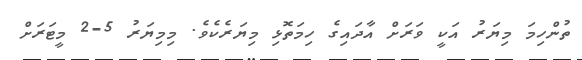
ތުންހިމަ މިޔަރު އަކީ ވަރަށް އާދައިގެ ހިމަތޮޅި މިޔަރެކެވެ. މިމިޔަރު 5-2 މީޓަރަށް